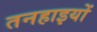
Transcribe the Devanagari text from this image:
तनहाइयों